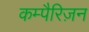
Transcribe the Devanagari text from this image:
कम्पैरिज़न